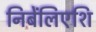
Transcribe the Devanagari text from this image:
निबेंलिएशि